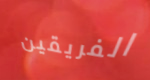
الفريقين